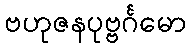
ဗဟုဇနပုဗ္ဗင်္ဂမော